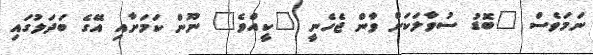
ނަމަވެސް "ބޮޑު ސުވާލަކަށް ވާން ޖެހެނީ "ކީއްވެ" ނޫން ކަމަށާއި އޭގެ ބަދަލުގައި